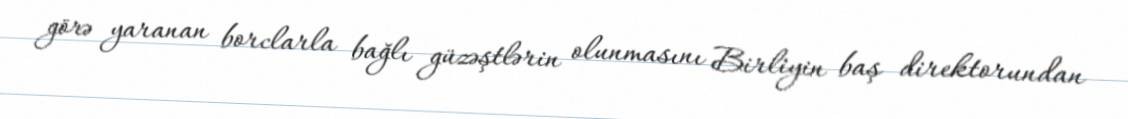
görə yaranan borclarla bağlı güzəştlərin olunmasını Birliyin baş direktorundan